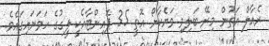
ރެއާލް އަތުން މިރޭ ބަލިވި ވަޔެކާނޯ އޮތީ 35 ޕޮއިންޓާއެކީ ލީގުގެ ހަވަނައިގައެވެ.